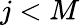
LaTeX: j<M